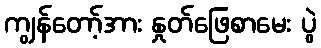
ကျွန်တော့်အား နှုတ်ဖြေစာမေး ပွဲ